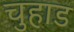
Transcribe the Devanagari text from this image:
चुहाड